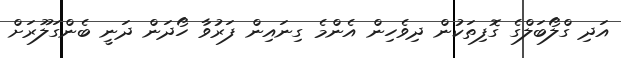
އަދި ގްލޯބަލްގެ ގޮފިތަކުން ދިވެހިން އެންމެ ގިނައިން ފަރުވާ ހޯދަން ދަނީ ބެންގަލޫރަށް